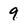
Character: 9